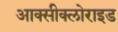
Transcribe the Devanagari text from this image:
आक्‍सीक्‍लोराइड